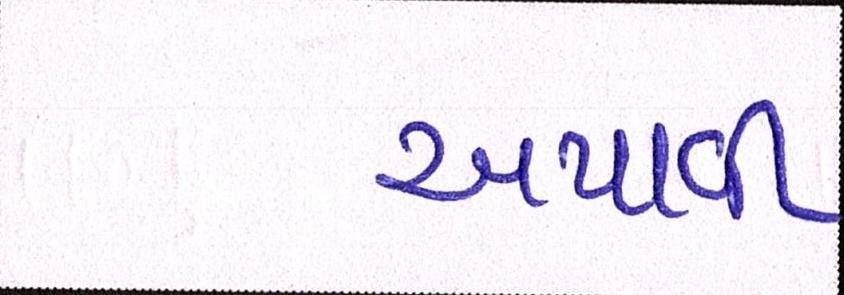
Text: અપાવી